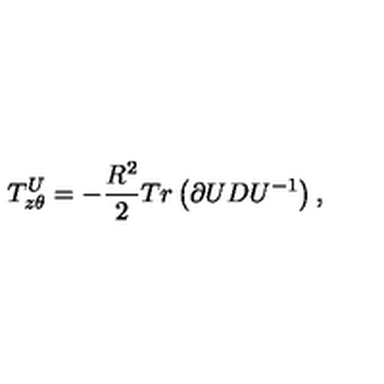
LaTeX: T _ { z \theta } ^ { U } = - \frac { R ^ { 2 } } { 2 } T r \left( \partial U D U ^ { - 1 } \right) ,